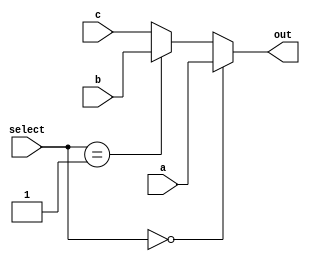
`timescale 1ns / 1ps
//////////////////////////////////////////////////////////////////////////////////
// Company: 
// Engineer: 
// 
// Design Name: 
// Module Name: mux3_1
// Project Name: 
// Target Devices: 
// Tool Versions: 
// Description: 
// 
// Dependencies: 
// 
// Revision:
// Revision 0.01 - File Created
// Additional Comments:
// 
//////////////////////////////////////////////////////////////////////////////////


module mux3_1(
    input [31:0] a, b, c,
    input [1:0] select,
    output [31:0] out
    );
    
    assign out = (select == 2'b00) ? a : (select == 2'b01) ? b : c;
endmodule